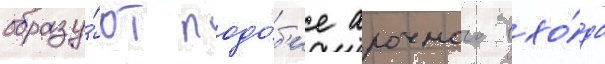
образу́ют подо́б'ие арочного вхо́да